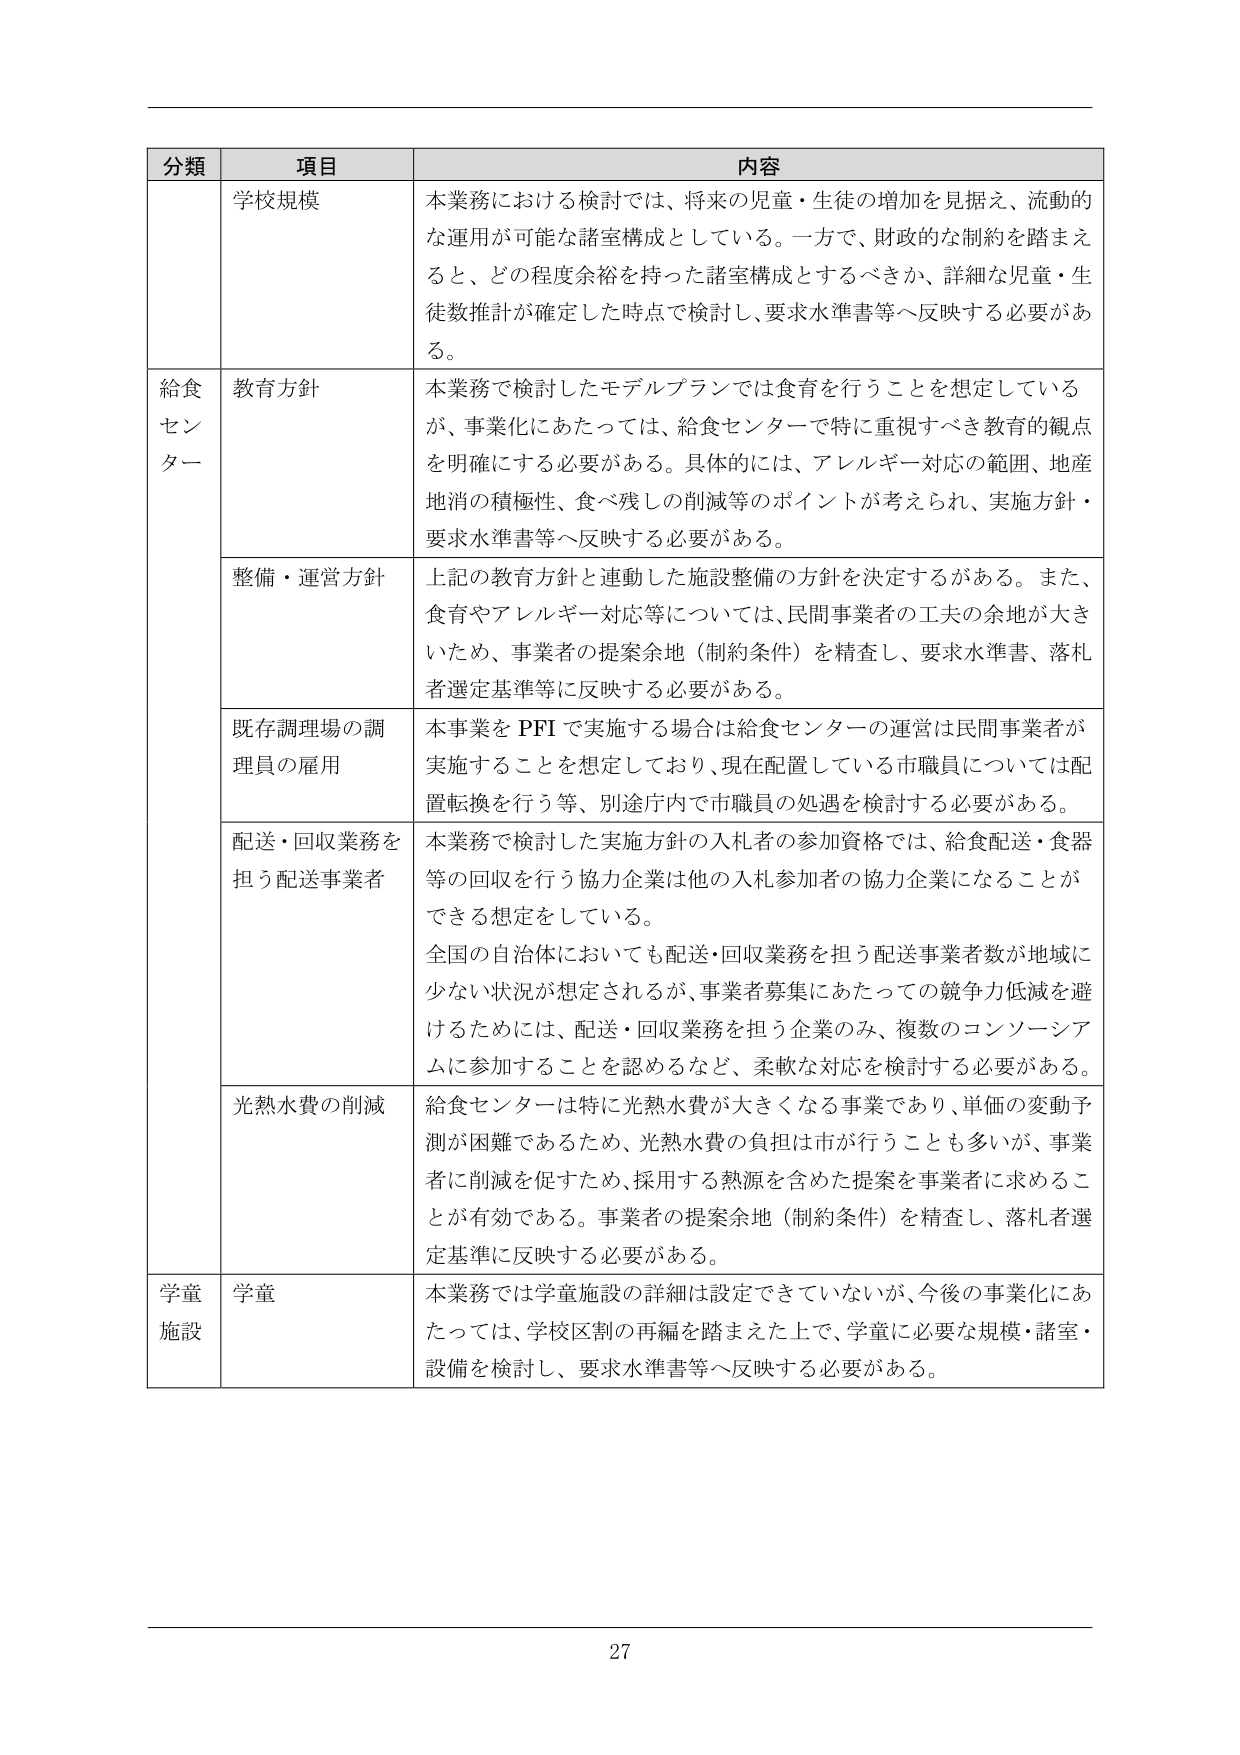
分類 項目 内容
学校規模 本業務における検討では、将来の児童・生徒の増加を見据え、流動的
な運用が可能な諸室構成としている。一方で、財政的な制約を踏まえ
ると、どの程度余裕を持った諸室構成とするべきか、詳細な児童・生
徒数推計が確定した時点で検討し、要求水準書等へ反映する必要があ
る。
給食
センター 教育方針 本業務で検討したモデルプランでは食育を行うことを想定している
が、事業化にあたっては、給食センターで特に重視すべき教育的観点
を明確にする必要がある。具体的には、アレルギー対応の範囲、地産
地消の積極性、食べ残しの削減等のポイントが考えられ、実施方針・
要求水準書等へ反映する必要がある。
整備・運営方針 上記の教育方針と連動した施設整備の方針を決定するがある。また、
食育やアレルギー対応等については、民間事業者の工夫の余地が大き
いため、事業者の提案余地（制約条件）を精査し、要求水準書、落札
者選定基準等に反映する必要がある。
既存調理場の調 本事業をPFIで実施する場合は給食センターの運営は民間事業者が
理員の雇用 実施することを想定しており、現在配置している市職員については配
置転換を行う等、別途庁内で市職員の処遇を検討する必要がある。
配送・回収業務を 本業務で検討した実施方針の入札者の参加資格では、給食配送・食器
担う配送事業者 等の回収を行う協力企業は他の入札参加者の協力企業になることが
できる想定をしている。
全国の自治体においても配送・回収業務を担う配送事業者数が地域に
少ない状況が想定されるが、事業者募集にあたっての競争力低減を避
けるためには、配送・回収業務を担う企業のみ、複数のコンソーシア
ムに参加することを認めるなど、柔軟な対応を検討する必要がある。
光熱水費の削減 給食センターは特に光熱水費が大きくなる事業であり、単価の変動予
測が困難であるため、光熱水費の負担は市が行うことも多いが、事業
者に削減を促すため、採用する熱源を含めた提案を事業者に求めるこ
とが有効である。事業者の提案余地（制約条件）を精査し、落札者選
定基準に反映する必要がある。
学童
施設 学童 本業務では学童施設の詳細は設定できていないが、今後の事業化にあ
たっては、学校区割の再編を踏まえた上で、学童に必要な規模・諸室・
設備を検討し、要求水準書等へ反映する必要がある。
27